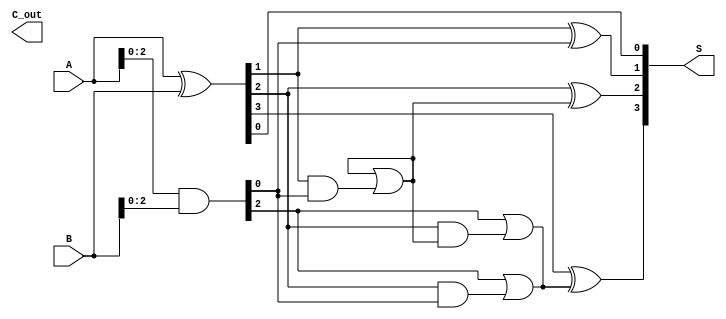
module ParallelPrefixAdder #(parameter N = 4) (
    input [N-1:0] A,   // First n-bit input
    input [N-1:0] B,   // Second n-bit input
    output [N-1:0] S,  // n-bit sum output
    output C_out       // Carry-out
);

    wire [N-1:0] G;   // Generate signals
    wire [N-1:0] P;   // Propagate signals
    wire [N:0] C;     // Carry signals

    // Generate and Propagate signals
    assign G = A & B;          // G_i = A_i & B_i
    assign P = A ^ B;          // P_i = A_i ^ B_i

    // Carry generation using Kogge-Stone method
    assign C[0] = 1'b0; // Initial carry-in (C_0)

    genvar i, j;
    
    // Level 1
    generate
        for (i = 0; i < N-1; i = i + 1) begin : level1
            assign C[i+1] = G[i] | (P[i] & C[i]);
        end
    endgenerate

    // Level 2
    generate
        for (j = 0; j < N-2; j = j + 1) begin : level2
            assign C[j+2] = G[j+1] | (P[j+1] & C[j]);
        end
    endgenerate

    // Level 3
    generate
        for (i = 0; i < N-3; i = i + 1) begin : level3
            assign C[i+3] = G[i+2] | (P[i+2] & C[i+1]);
        end
    endgenerate

    // Final carry-out
    assign C_out = C[N];

    // Sum calculation
    generate
        for (i = 0; i < N; i = i + 1) begin : sum
            assign S[i] = P[i] ^ C[i]; // S_i = P_i ^ C_{i-1}
        end
    endgenerate

endmodule